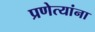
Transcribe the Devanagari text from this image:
प्रणेत्यांना